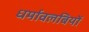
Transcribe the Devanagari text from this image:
धर्मावलबियों